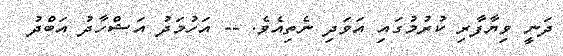
ދަނީ ވިޔާފާރި ކުރުމުގައި އަވަދި ނެތިއެވެ. -- އަހުމަދު އަޝްހާދު އަބްދު